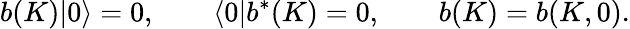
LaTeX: b(K)|0\rangle=0,\qquad\langle 0|b^{\ast}(K)=0,\qquad b(K)=b(K,0).